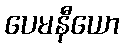
ပေမနီယော